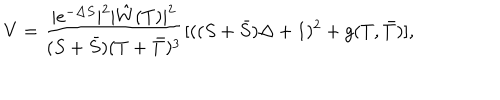
V = \frac { | e ^ { - \Delta S } | ^ { 2 } | \hat { W } ( T ) | ^ { 2 } } { ( S + \bar { S } ) ( T + \bar { T } ) ^ { 3 } } [ ( ( S + \bar { S } ) \Delta + 1 ) ^ { 2 } + g ( T , \bar { T } ) ] ,